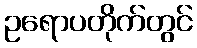
ဥရောပတိုက်တွင်